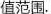
值范围。